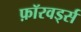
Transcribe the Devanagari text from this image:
फ़ॉरवर्ड्स